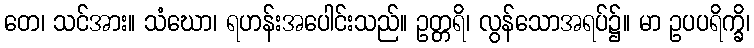
တေ၊ သင်အား။ သံဃော၊ ရဟန်းအပေါင်းသည်။ ဥတ္တရိ၊ လွန်သောအရပ်၌။ မာ ဥပပရိက္ခိ၊